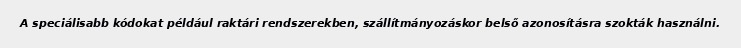
A speciálisabb kódokat például raktári rendszerekben, szállítmányozáskor belső azonosításra szokták használni.